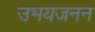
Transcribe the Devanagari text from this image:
उभयजनन